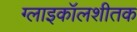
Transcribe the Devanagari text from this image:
ग्लाइकॉलशीतक